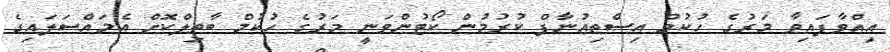
އިއްވާފައިވާ މަރުގެ ހުކުމް އިސްތިއުނާފް ކުރުމުން ކޯޓުންވަނީ މަރުގެ ހުކުމް ބާތިލްކޮށް އެމައްސަލައިގެ